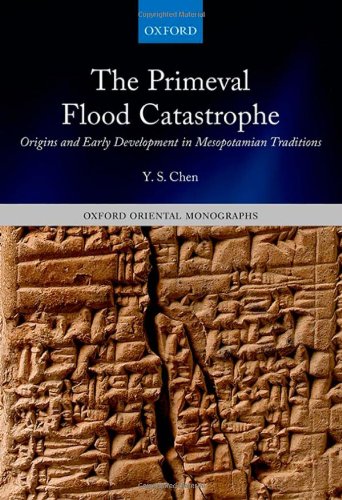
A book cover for The Primeval Flood Catastrophe: Origins and Early Development in Mesopotamian Traditions (Oxford Oriental Monographs); Y. S. Chen; History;